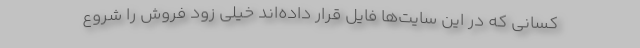
کسانی که در این سایت‌ها فایل قرار داده‌اند خیلی زود فروش را شروع